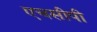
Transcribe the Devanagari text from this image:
एचसीपी